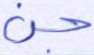
جن